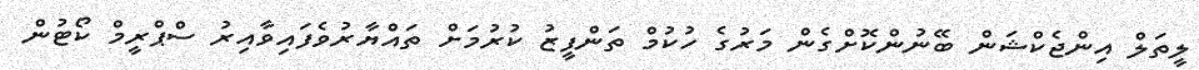
ލީތަލް އިންޖެކްޝަން ބޭނުންކޮށްގެން މަރުގެ ހުކުމް ތަންފީޒު ކުރުމަށް ތައްޔާރުވެފައިވާއިރު ސްޕްރީމް ކޯޓުން